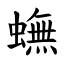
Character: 蟱